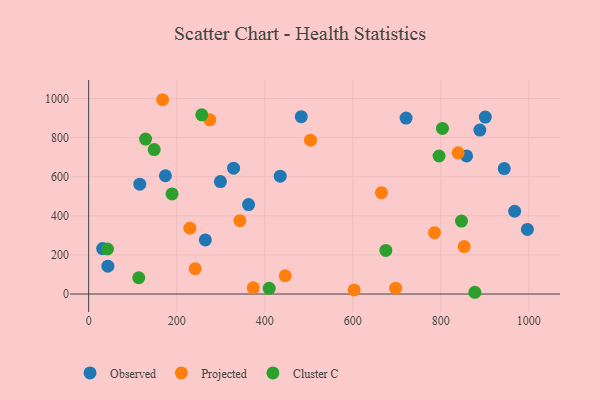
{"axis": {"x": "Ad Spend", "y": "Fuel Efficiency"}, "legend": ["Cluster C", "Observed", "Projected"], "data": [{"x": "31.8", "y": 232.7, "type": "Observed"}, {"x": "944.4", "y": 641.6, "type": "Observed"}, {"x": "363.4", "y": 457.4, "type": "Observed"}, {"x": "997.0", "y": 330.2, "type": "Observed"}, {"x": "299.4", "y": 575.2, "type": "Observed"}, {"x": "968.1", "y": 423.4, "type": "Observed"}, {"x": "721.4", "y": 899.7, "type": "Observed"}, {"x": "901.4", "y": 905.0, "type": "Observed"}, {"x": "43.7", "y": 142.4, "type": "Observed"}, {"x": "858.8", "y": 706.4, "type": "Observed"}, {"x": "116.2", "y": 561.6, "type": "Observed"}, {"x": "889.0", "y": 838.5, "type": "Observed"}, {"x": "483.2", "y": 907.0, "type": "Observed"}, {"x": "435.4", "y": 602.5, "type": "Observed"}, {"x": "174.5", "y": 604.8, "type": "Observed"}, {"x": "329.4", "y": 643.5, "type": "Observed"}, {"x": "265.2", "y": 276.7, "type": "Observed"}, {"x": "665.4", "y": 518.1, "type": "Projected"}, {"x": "504.2", "y": 786.7, "type": "Projected"}, {"x": "343.8", "y": 375.0, "type": "Projected"}, {"x": "242.0", "y": 129.8, "type": "Projected"}, {"x": "275.4", "y": 890.9, "type": "Projected"}, {"x": "853.4", "y": 242.8, "type": "Projected"}, {"x": "168.2", "y": 993.7, "type": "Projected"}, {"x": "786.0", "y": 313.7, "type": "Projected"}, {"x": "603.3", "y": 21.1, "type": "Projected"}, {"x": "839.7", "y": 722.0, "type": "Projected"}, {"x": "230.1", "y": 336.7, "type": "Projected"}, {"x": "374.0", "y": 31.8, "type": "Projected"}, {"x": "697.6", "y": 30.0, "type": "Projected"}, {"x": "446.7", "y": 93.4, "type": "Projected"}, {"x": "804.0", "y": 847.1, "type": "Cluster C"}, {"x": "189.6", "y": 512.0, "type": "Cluster C"}, {"x": "257.1", "y": 916.4, "type": "Cluster C"}, {"x": "113.9", "y": 83.3, "type": "Cluster C"}, {"x": "675.4", "y": 223.0, "type": "Cluster C"}, {"x": "847.3", "y": 373.3, "type": "Cluster C"}, {"x": "796.3", "y": 705.8, "type": "Cluster C"}, {"x": "42.9", "y": 230.3, "type": "Cluster C"}, {"x": "877.7", "y": 9.0, "type": "Cluster C"}, {"x": "149.0", "y": 738.7, "type": "Cluster C"}, {"x": "410.3", "y": 29.0, "type": "Cluster C"}, {"x": "129.4", "y": 792.6, "type": "Cluster C"}]}